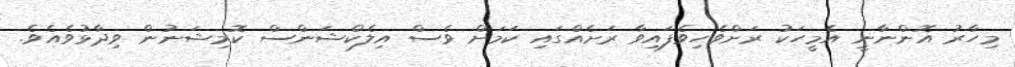
މިހާރު އޮންނާނީ އެމީހަކު ރަށްވެހިވެފައިވާ ރަށެއްގައި ކަމަށް ވެސް އިލެކްޝަންސް ކޮމިޝަނުން ވިދާޅުވެއެވެ.